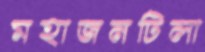
মহাজনটিলা